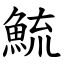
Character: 鯍